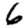
Digit: 6